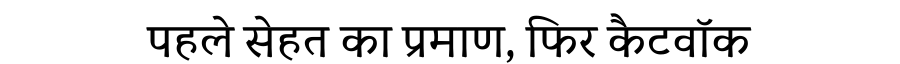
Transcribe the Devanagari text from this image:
पहले सेहत का प्रमाण, फिर कैटवॉक